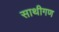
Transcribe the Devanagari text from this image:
साथीगण